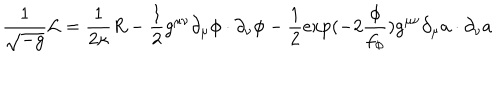
LaTeX: \frac { 1 } { \sqrt { - g } } { \cal L } = \frac { 1 } { 2 \kappa } R - \frac { 1 } { 2 } g ^ { \mu \nu } \partial _ { \mu } \phi \cdot \partial _ { \nu } \phi - \frac { 1 } { 2 } \exp ( - 2 \frac { \phi } { f _ { \phi } } ) g ^ { \mu \nu } \partial _ { \mu } a \cdot \partial _ { \nu } a